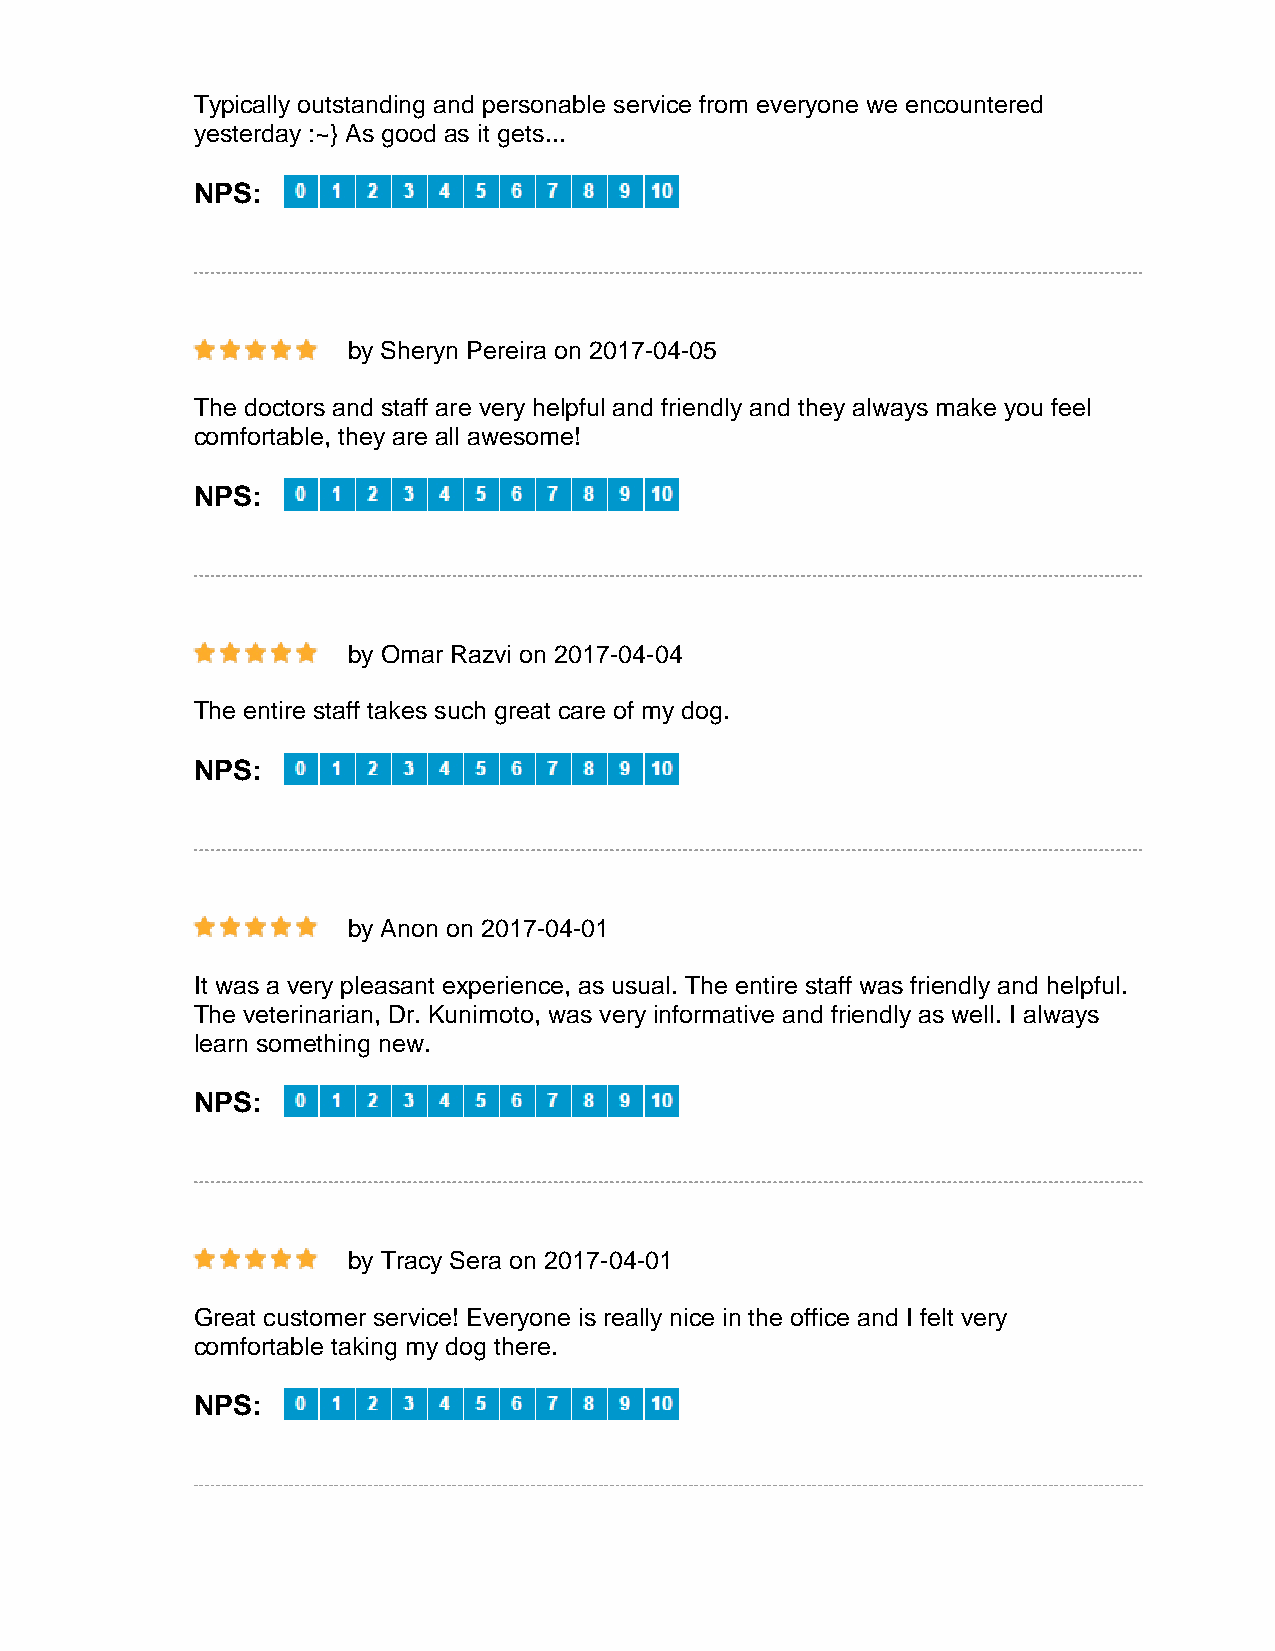
Typically outstanding and personable service from everyone we encountered
 yesterday :~} As good as it gets...
 NPS:
 by Sheryn Pereira on 2017-04-05
 The doctors and staff are very helpful and friendly and they always make you feel
 comfortable, they are all awesome!
 NPS:
 by Omar Razvi on 2017-04-04
 The entire staff takes such great care of my dog.
 NPS:
 by Anon on 2017-04-01
 It was a very pleasant experience, as usual. The entire staff was friendly and helpful.
 The veterinarian, Dr. Kunimoto, was very informative and friendly as well. I always
 learn something new.
 NPS:
 by Tracy Sera on 2017-04-01
 Great customer service! Everyone is really nice in the office and I felt very
 comfortable taking my dog there.
 NPS: